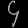
Digit: ၄